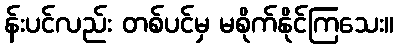
န်းပင်လည်း တစ်ပင်မှ မစိုက်နိုင်ကြသေး။